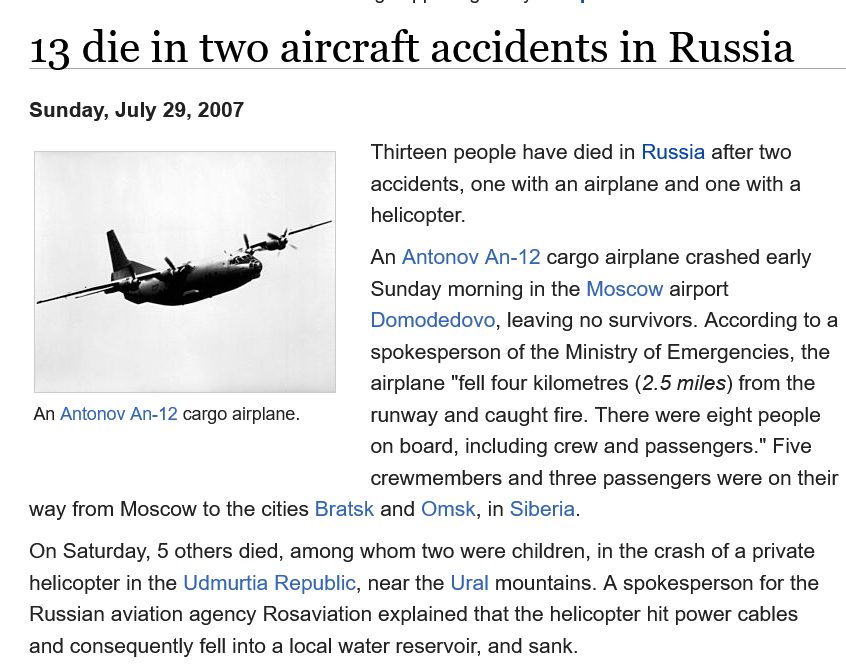
13  die    in  two    aircraft    accidents    in  Russia
     Thirteen people have died in Russia after two
     accidents, one with an airplane and one with a
     helicopter.
     An Antonov An-12 cargo airplane crashed early
     Sunday  morning in the Moscow airport
     Domodedovo, leaving no survivors. According to a
     spokesperson of the Ministry of Emergencies, the
     airplane "fell four kilometres (2.5 miles) from the
     runway and caught fire. There were eight people
     on board, including crew and passengers." Five
     crewmembers and  three passengers were on their
   way from Moscow to the cities Bratsk and Omsk, in Siberia.
   On Saturday, 5 others died, among whom two were children, in the crash of a private
   helicopter in the Udmurtia Republic, near the Ural mountains. A spokesperson for the
   Russian aviation agency Rosaviation explained that the helicopter hit power cables
   and consequently fell into a local water reservoir, and sank.
    An Antonov An-12 cargo airplane.
   Sunday, July 29, 2007